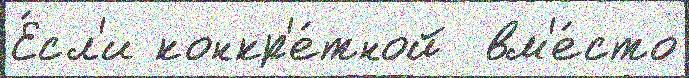
Е́сл'и конкр'е́тной  вм'е́сто